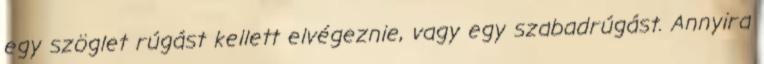
egy szöglet rúgást kellett elvégeznie, vagy egy szabadrúgást. Annyira